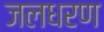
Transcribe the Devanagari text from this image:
जलधरण